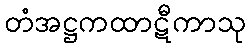
တံအဋ္ဌကထာဋီကာသု